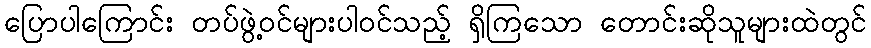
ပြောပါကြောင်း တပ်ဖွဲ့ဝင်များပါဝင်သည့် ရှိကြသော တောင်းဆိုသူများထဲတွင်